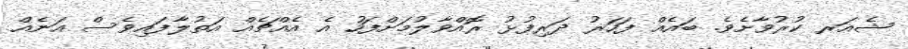
ޝެއަރ ކުރުވާށެވެ. ބައެއް ފަހަރު ދަރިފުޅު ރޮއްވާލުމަށްފަހު އެ އެއްޗެއް އަތުލާފައިވެސް އަނެއް